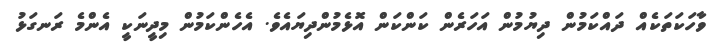
ވާހަކަތަކެއް ދައްކަމުން ދިޔުމުން އަހަރެން ކަންކަން އޮޅެމުންދިޔައެވެ. އެހެންކަމުން މިދީނަކީ އެންމެ ރަނގަޅު